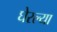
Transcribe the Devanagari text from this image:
घेरल्या